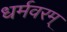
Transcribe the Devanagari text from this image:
धर्मवरम्